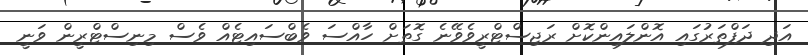
އަދި ދަފްތަރުގައި އޮންލައިންކޮށް ރަޖިސްޓްރީވެވޭނެ ގޮތަށް ހާއްސަ ވެބްސައިޓެއް ވެސް މިނިސްޓްރީން ވަނީ